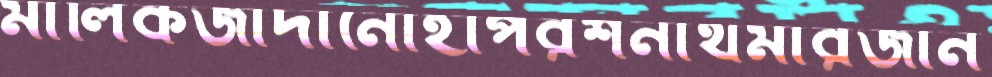
মালিকজাদানোহাপরশনাথমারজান